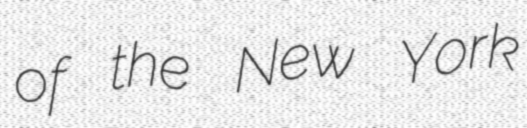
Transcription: of the New York